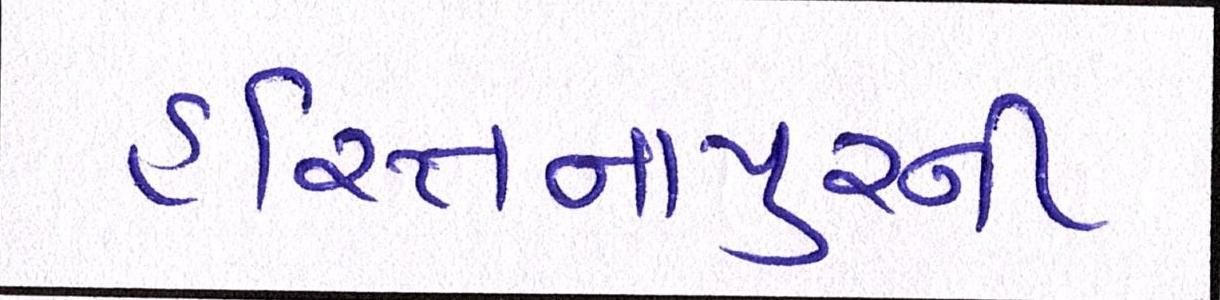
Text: હસ્તિનાપુરની